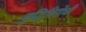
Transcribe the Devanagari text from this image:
बुद्धिविरोधी